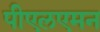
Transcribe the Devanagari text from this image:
पीएलएमन